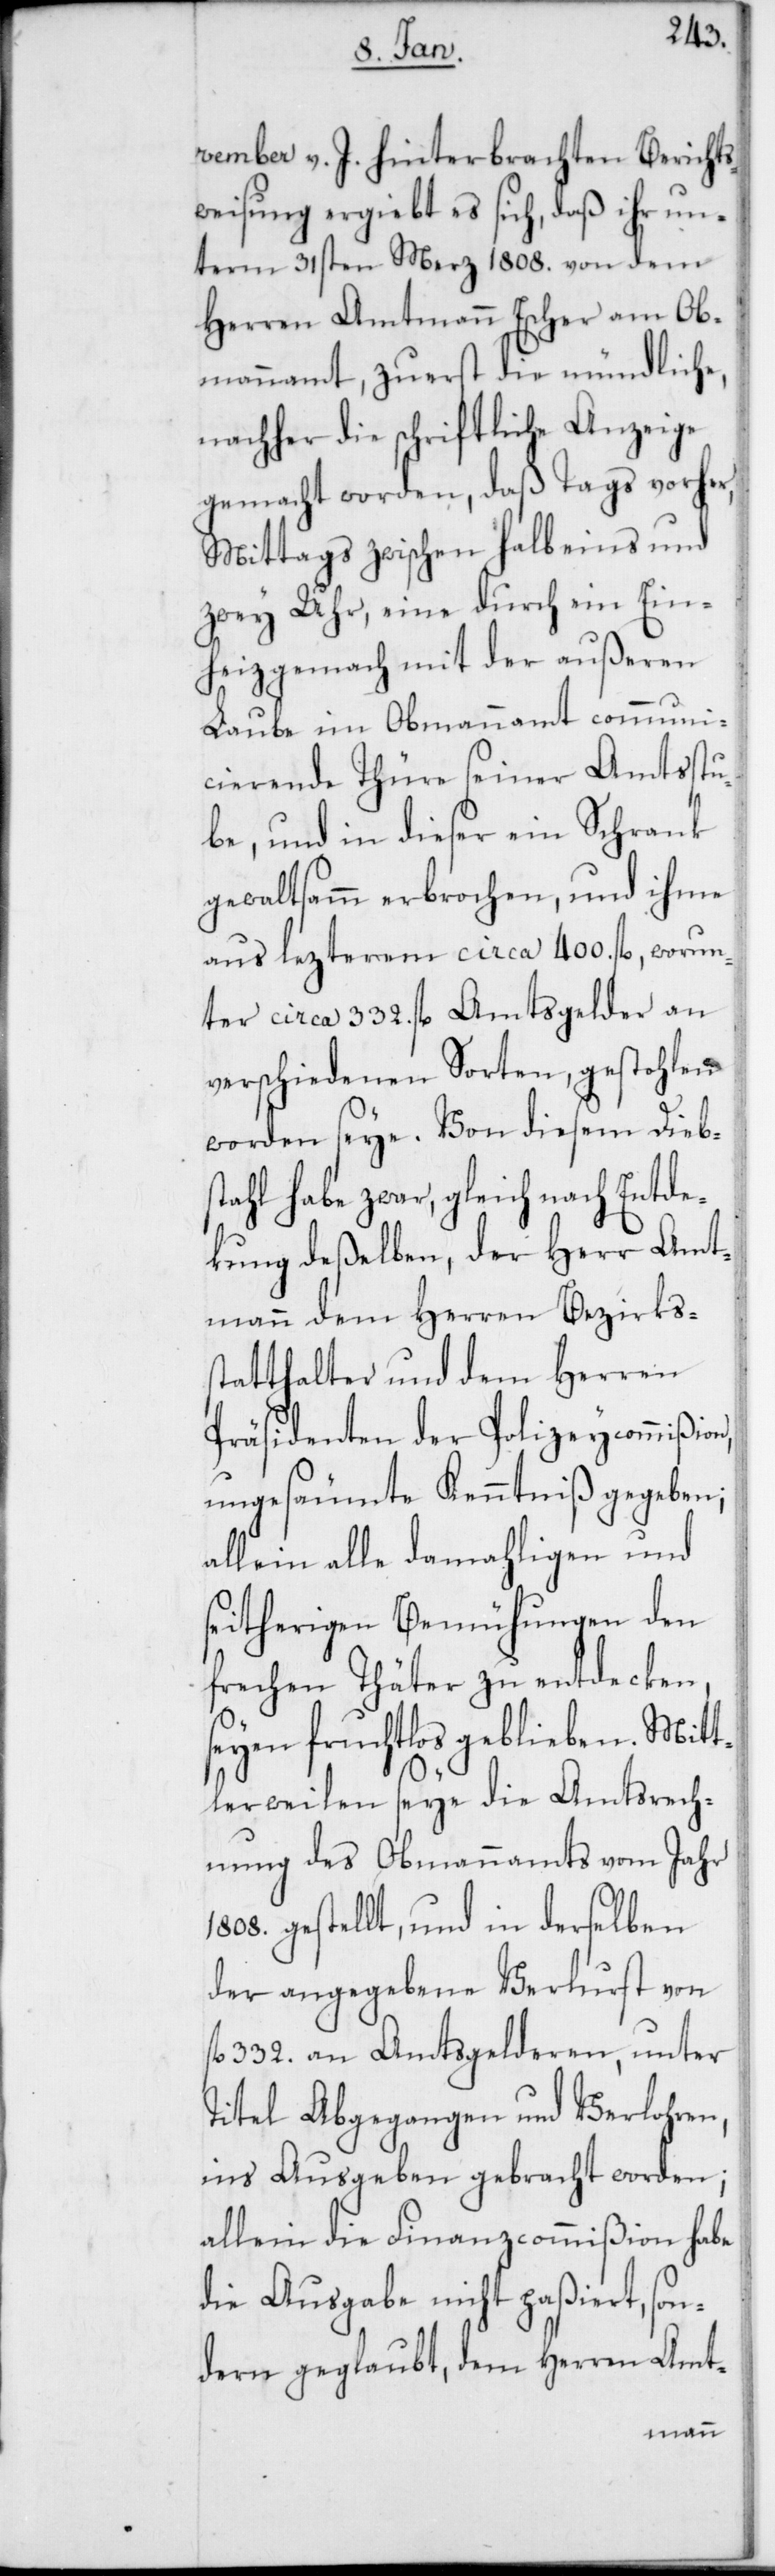
vember v. J. hinterbrachten Berichts¬
weisung ergiebt es sich, daß ihr un¬
term 31sten Merz 1808. von dem
Herren Amtmann Escher am Ob¬
mannamt, zuerst die mündliche,
nachher die schriftliche Anzeige
gemacht worden, daß Tags vorher,
Mittags zwischen halb eins und
zwey Uhr, eine durch ein Ein¬
heizgemach mit der außeren
Laube im Obmannamt communi¬
cierende Thüre seiner Amtsstu¬
be, und in dieser ein Schrank
gewaltsamm erbrochen, und ihme
aus lezterem circa 400. fl, worun¬
ter circa 332. fl Amtsgelder an
verschiedenen Sorten, gestohlen
worden seye. Von diesem Diebs¬
tahl habe zwar, gleich nach Entde¬
kung deßelben, der Herr Amt¬
mann dem Herren Bezirkss¬
tatthalter und dem Herren
Präsidenten der Polizeycommißion
ungesäumte Kenntniß gegeben;
allein alle damahligen und
seitherigen Bemühungen den
frechen Thäter zu entdecken,
seyen fruchtlos geblieben. Mitt¬
lerweilen seye die Amtsrech¬
nung des Obmannamts von Jahr
1808. gestellt, und in derselben
der angegeben Verlust von
332. an Amtsgelderen, unter
Titel Abgegangen und Verlohren,
ins Ausgeben gebracht worden;
allein die Finanzcommißion habe
die Ausgabe nicht paßiert, son¬
dern geglaubt, dem Herren Amt-